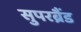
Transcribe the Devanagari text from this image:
सुपरब्रैंड